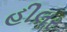
હીલર